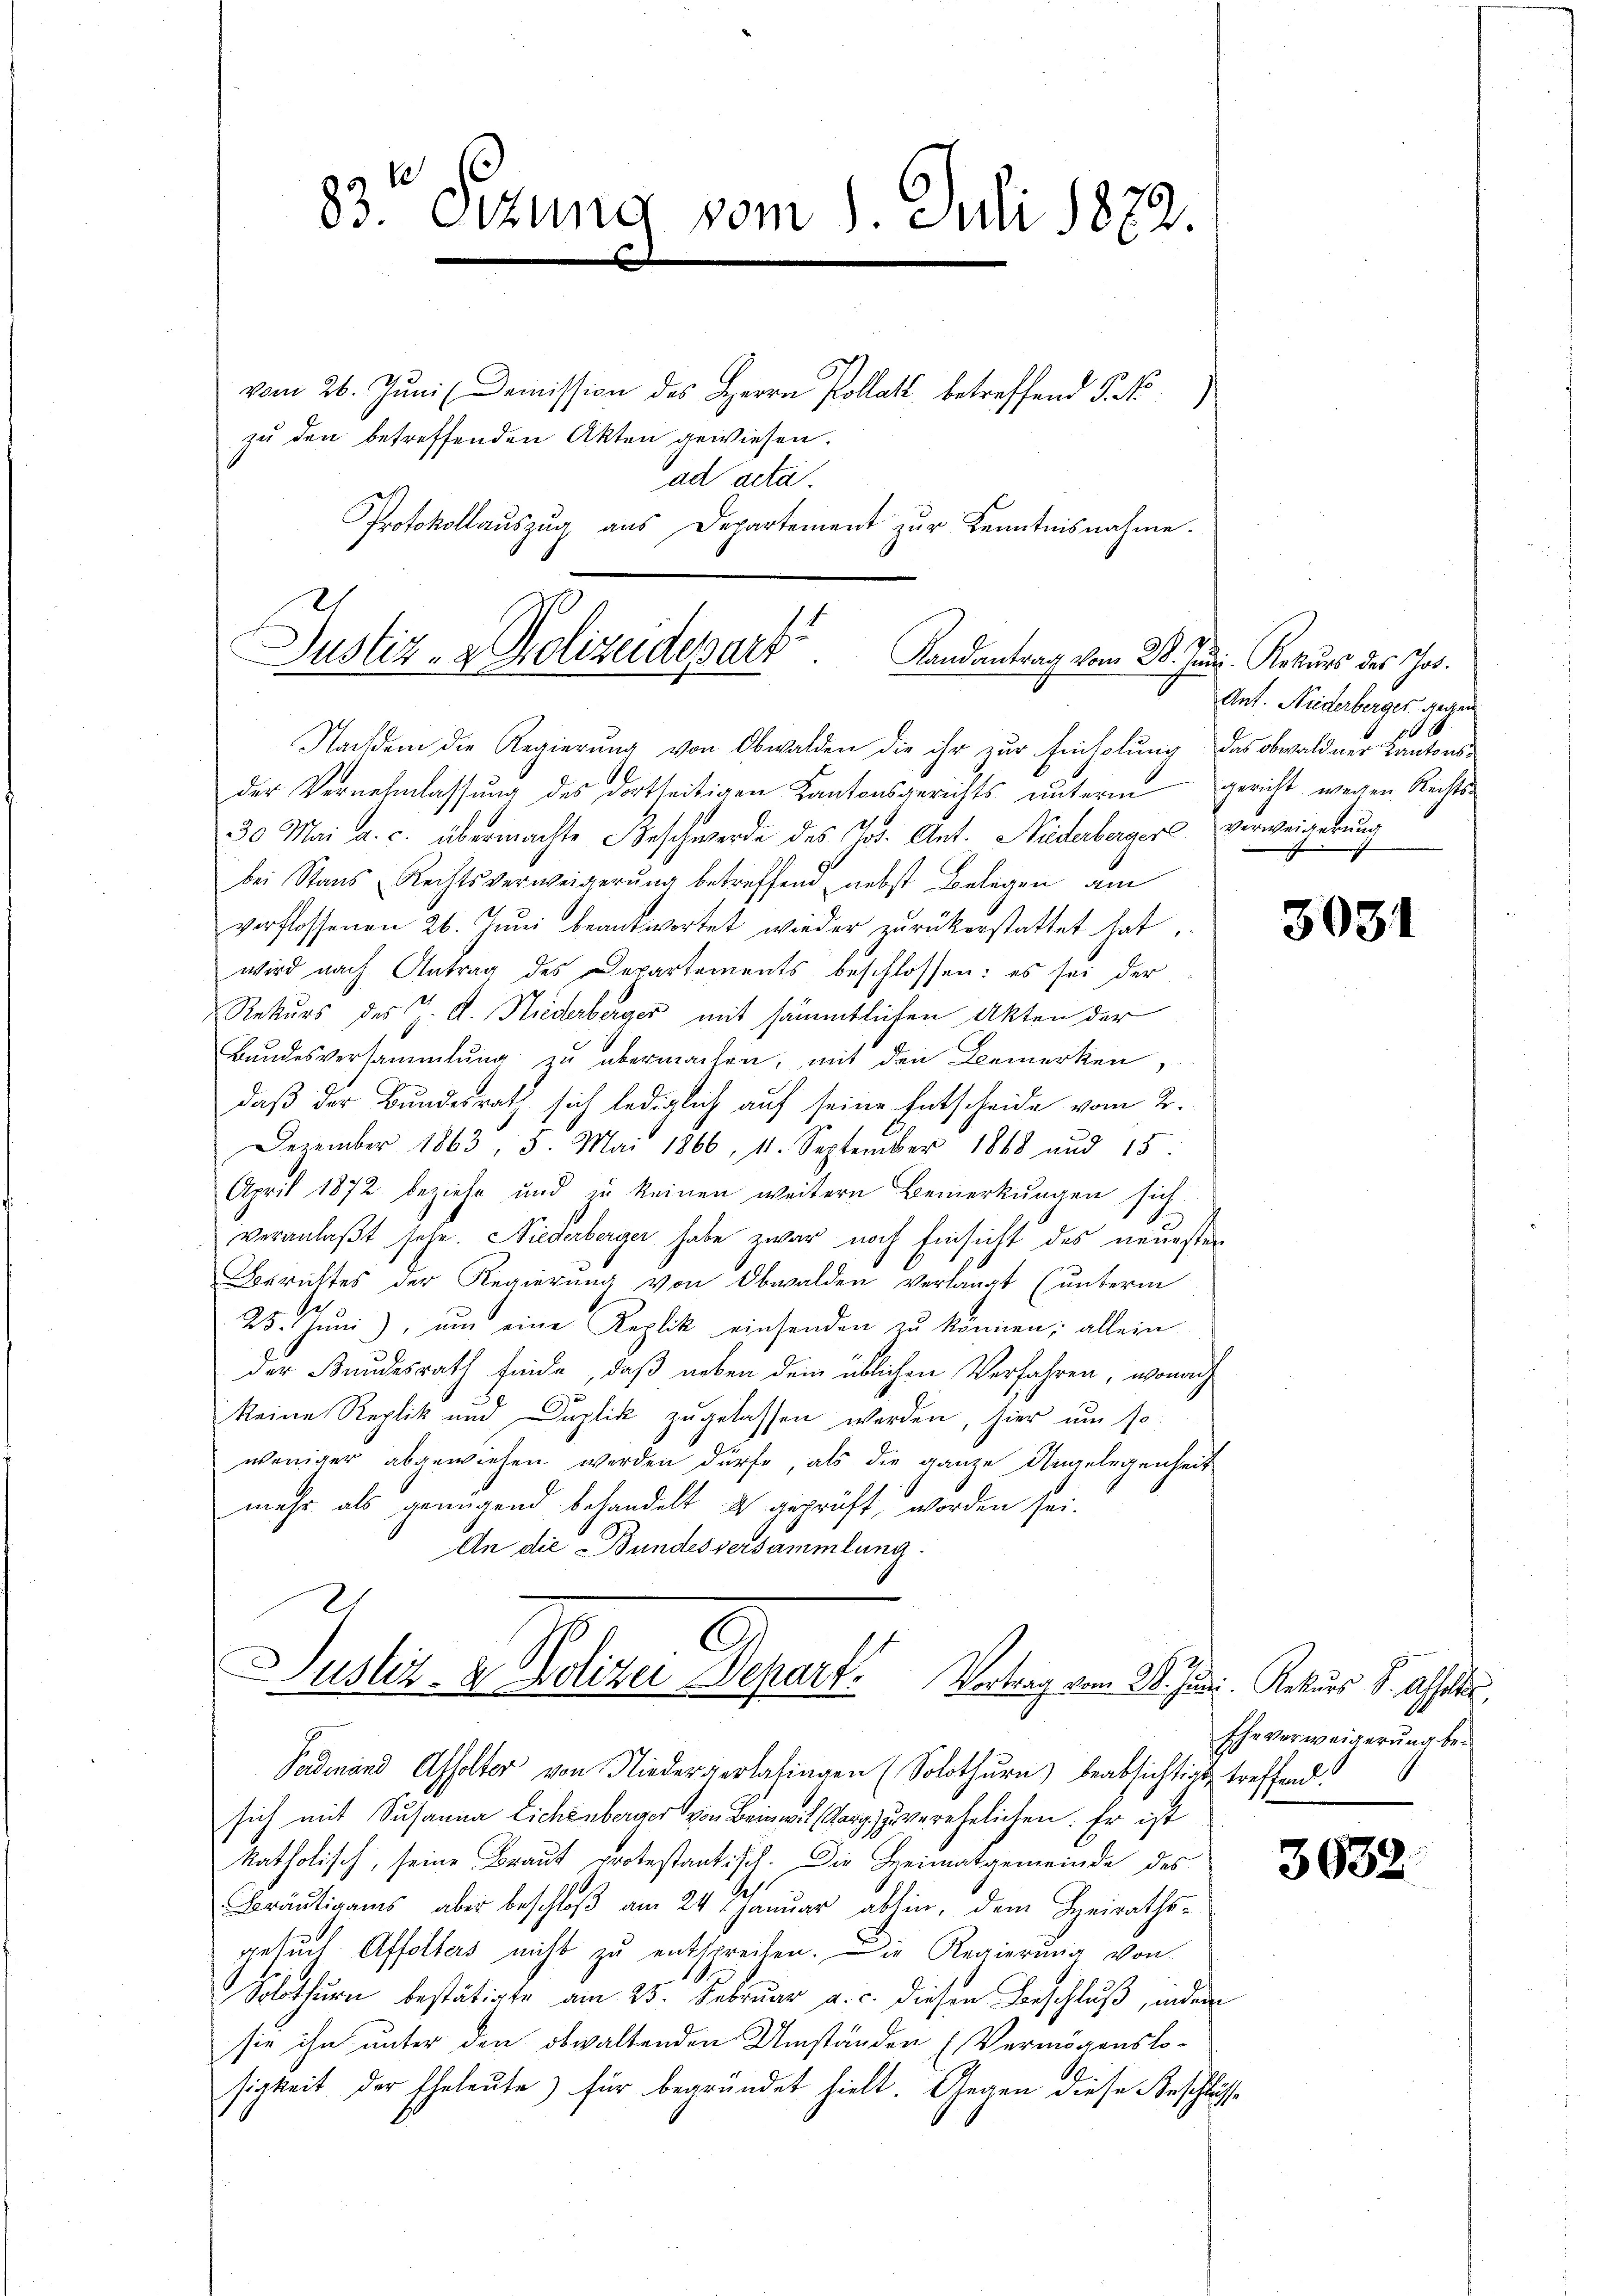
83te Sitzung vom 1. Juli 1872
vom 26. Jŭni Demission des Herrn Kollat betreffend §. No.
zu den betreffenden Akten gewiesen.
ad acta.
Protokollaŭszŭg aŭs Departement zŭr Kenntnisnahme.

Justiz- & Polizeidepart
Landantrag vom 28. Juni. Rekŭrs des Jos.

Nachdem die Regierung von Obwalden die ihr zur Einholung das obwaldner Kantonsder Vernehmlassŭng des dortseitigen Kantonsgerichts unterm gericht wegen Rechts-
30 Mai a. c. übermachte Beschwerde des Jos. Ant. Niderberger verweigerung
bei Stans Rechtsverweigerung betreffend nebst Belegen am
verflossenen 26. Jŭni beantwortet wieder zŭrückerstattet hat.
wird nach Antrag des Departements beschlossen: es sei der
Rekurs des J. A. Niederberger mit sämmtlichen Akten der
Bandesversammlung zŭ übermachen, mit den Bemerken,
daß der Bundesrath sich lediglich auf seine Entscheide vom 2.
Dezember 1863, 5. Mai 1866, 11. September 1868 und 15:
April 1872 beziehe und zu keinen weitern Bemerkungen sich:
veranlaßt sehe. Niederberger habe zwar noch Einsicht des neuesten
Borrichtes der Regierŭng von Obwalden verlangt (unterm
25. Juni), um eine Replik einsenden zu können, allein
der Bundesrath finde, daß neben dem üblichen Verfahren, wonach
keine Replik und Duplik zugelassen werden, hier um so
weniger abgewiesen werden dürfe, als die ganze Angelegenheit
mehr als genügend behandelt & geprüft worden sei.
An die Bundesversammlung:

C
Justiz- & Polizei Depart. Vortrag vom 28. Juni Rekurs S. Affolte,
Padinand Affolter von Niederverlasingen (Solothurn) beabsichtigt, treffend.

Ant. Niederberger gegen
1
cht

sich mit Susanna Lichbergerverehelichen. Er ist
katholisch, seine Braut protestantisch. Die Heimatgemeinde des
1
Bräutigams, aber beschloß am 24. Januar abhin, dem Heirathsgesuch Affolters nicht zu entsprechen. Die Regierung von
Sobthurn bestätigte am 25. Februar a. c. diesen Beschluß, indem
sie ihn unter den obwaltenden Umständen (Vermögenslo-
sigkeit der Eheleute für begründet hielt. Gegen diese Beschluss

3031

Eheverweigerung be¬

3632.